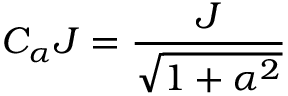
C _ { \alpha } J = \frac { J } { \sqrt { 1 + \alpha ^ { 2 } } }